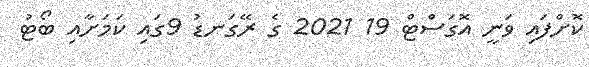
ކޮށްފައި ވަނީ އޮގަސްޓް 19 2021 ގެ ރޭގަނޑު 9ގައި ކަމަށާއި ބޯޓު